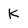
Character: K